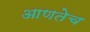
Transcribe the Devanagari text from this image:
आणतेच